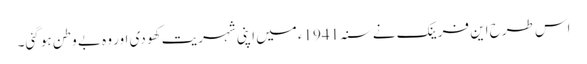
اس طرح این فرینک نے سنہ 1941ء میں اپنی شہریت کھو دی اور وہ بے وطن ہو گئی۔